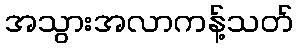
အသွားအလာကန့်သတ်